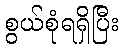
စွယ်စုံရရှိပြီး